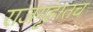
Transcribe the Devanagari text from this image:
राजगृहातच